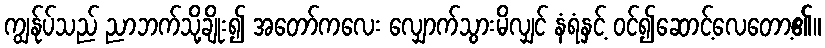
ကျွန်ုပ်သည် ညာဘက်သို့ချိုး၍ အတော်ကလေး လျှောက်သွားမိလျှင် နံရံနှင့် ဝင်၍ဆောင့်လေတော့၏။